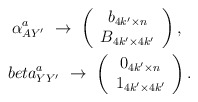
\begin{align*}\alpha^a_{AY'} \ \rightarrow \ \left(\begin{array}{c} b_{4k'\times n}\\ B_{4k'\times 4k'}\end{array}\right), \ \ \\beta^a_{YY'} \ \rightarrow \ \left(\begin{array}{c} 0_{4k'\times n} \\1_{4k'\times 4k'}\end{array} \right).\end{align*}